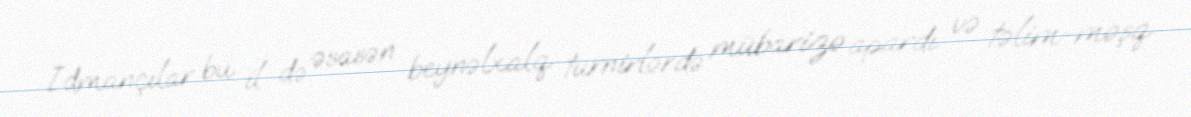
İdmançılar bu il də əsasən beynəlxalq turnirlərdə mübarizə apardı və təlim-məşq